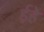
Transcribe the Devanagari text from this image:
ईहे